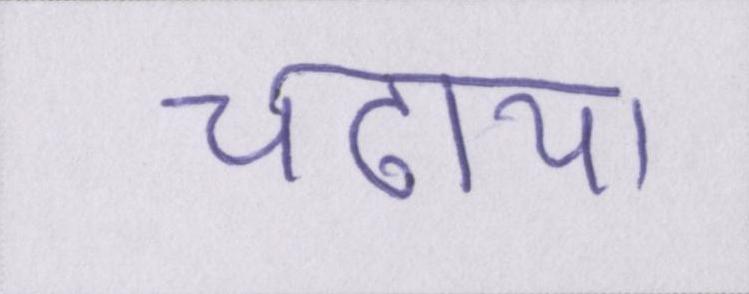
चढ़ाया